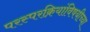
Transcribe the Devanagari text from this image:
परस्परक्रियांविषयीच्या